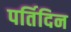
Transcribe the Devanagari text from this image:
पर्तिदिन